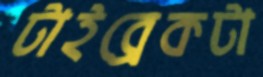
টাইব্রেকটা